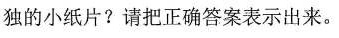
独的小纸片?请把正确答案表示出来。